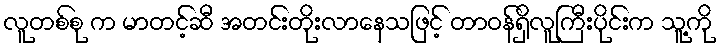
လူတစ်စု က မာတင့်ဆီ အတင်းတိုးလာနေသဖြင့် တာဝန်ရှိလူကြီးပိုင်းက သူ့ကို